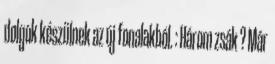
dolgok készülnek az új fonalakból. : Három zsák ? Már